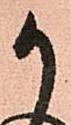
か